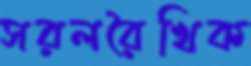
সরলরৈখিক